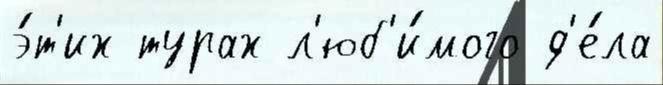
э́т'их турах л'юб'и́мого д'е́ла